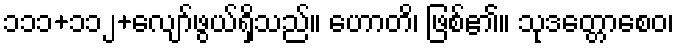
၁၁၁+၁၁၂+လျော်ဖွယ်ရှိသည်။ ဟောတိ၊ ဖြစ်၏။ သုဒတ္တောစေဝ၊